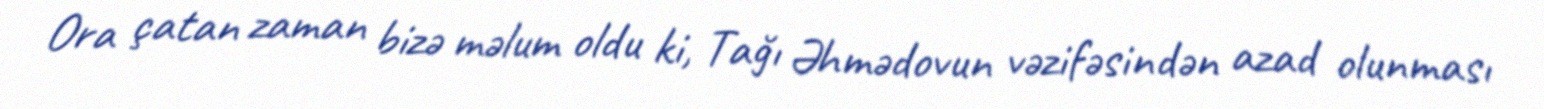
Ora çatan zaman bizə məlum oldu ki, Tağı Əhmədovun vəzifəsindən azad olunması